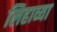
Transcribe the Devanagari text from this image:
लिहाव्या